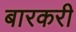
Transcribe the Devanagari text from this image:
बारकरी